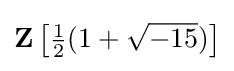
\mathbf {Z} \left[{\tfrac {1}{2}}(1+{\sqrt {-15}})\right]